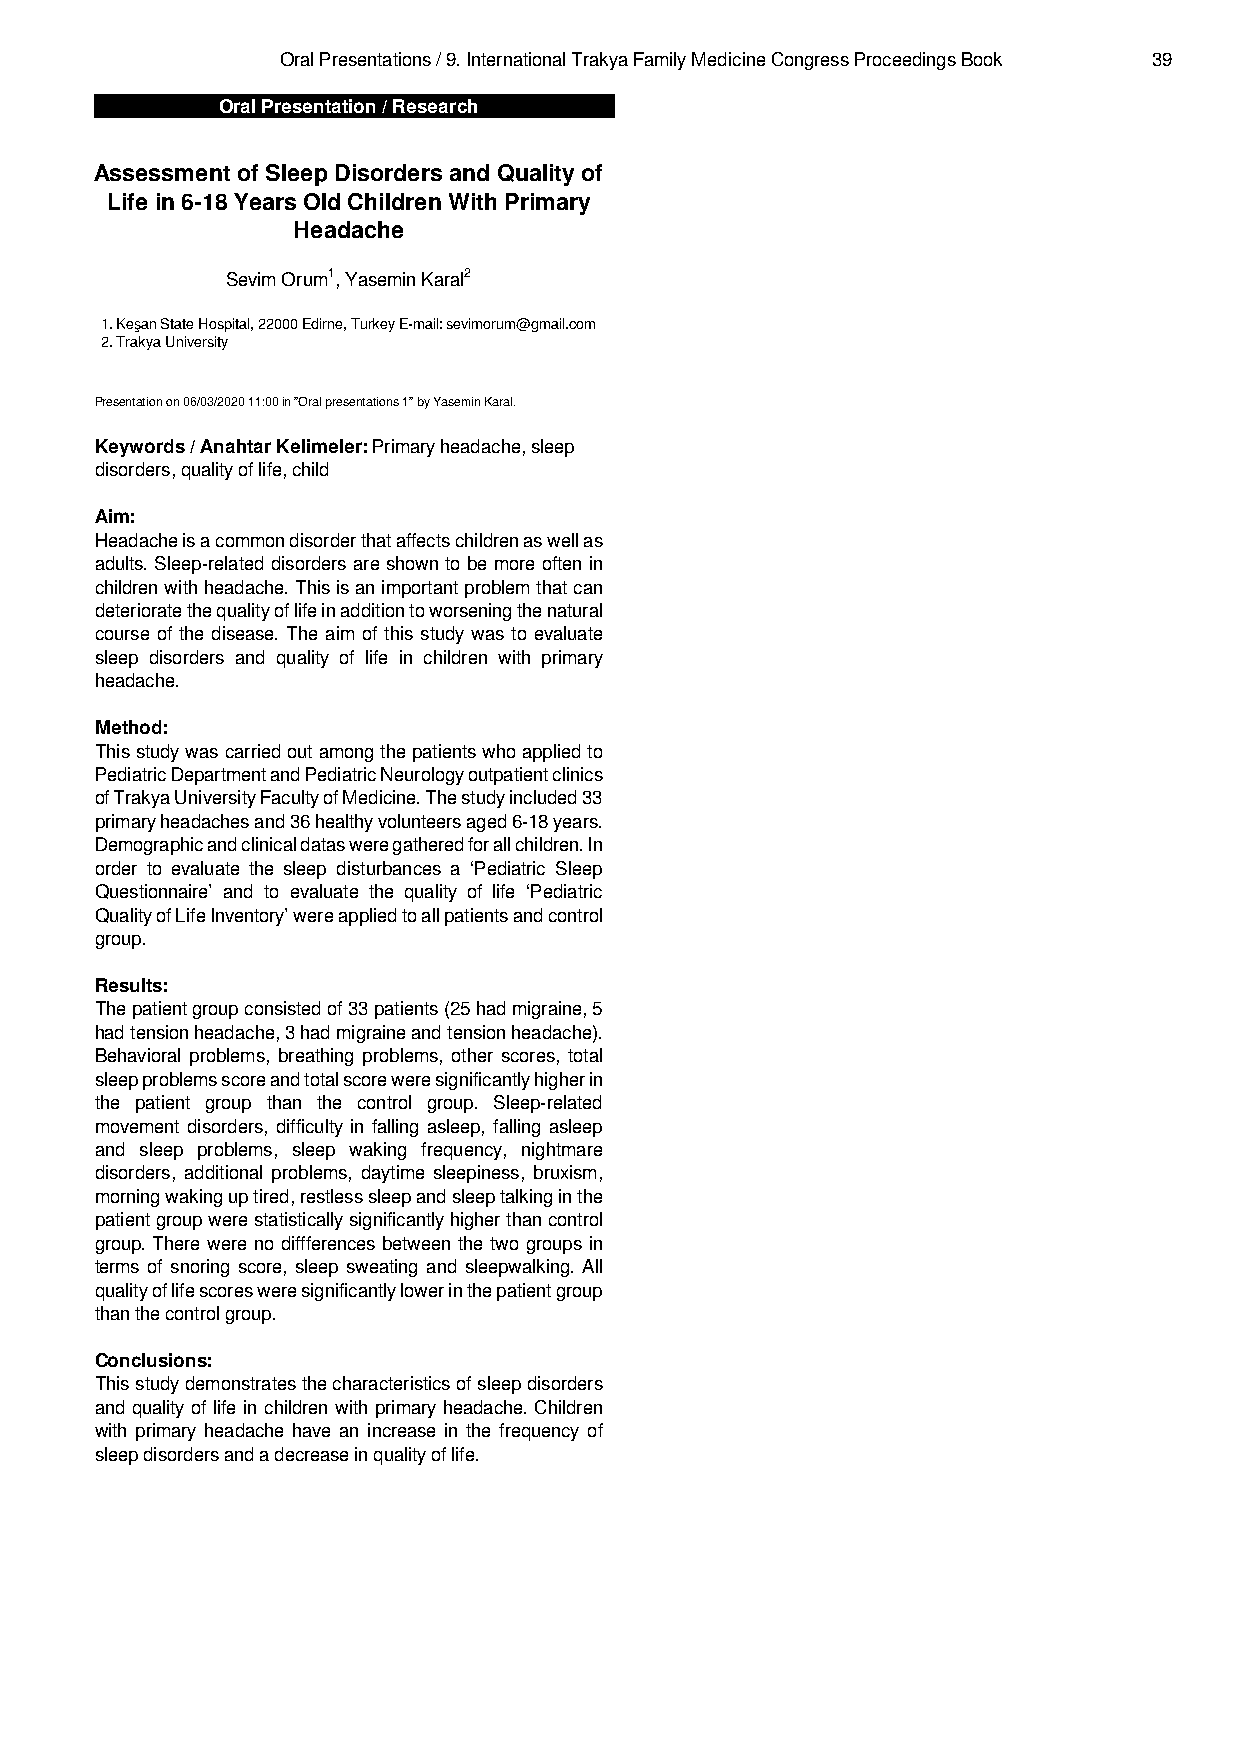
Oral Presentations / 9. International Trakya Family Medicine Congress Proceedings Book 39
 Oral Presentation / Research
 Assessment of Sleep Disorders and Quality of
 Life in 6-18 Years Old Children With Primary
 Headache
 Sevim Orum1, Yasemin Karal2
 1. Keşan State Hospital, 22000 Edirne, Turkey E-mail: sevimorum@gmail.com
 2. Trakya University
 Presentation on 06/03/2020 11:00 in "Oral presentations 1" by Yasemin Karal.
 Keywords / Anahtar Kelimeler: Primary headache, sleep
 disorders, quality of life, child
 Aim:
 Headacheisacommondisorderthataffectschildrenaswellas
 adults. Sleep-related disorders are shown to be more often in
 childrenwithheadache.Thisisanimportantproblemthatcan
 deterioratethequalityoflifeinadditiontoworseningthenatural
 course of the disease. The aim of this study was to evaluate
 sleep disorders and quality of life in children with primary
 headache.
 Method:
 Thisstudywascarriedoutamongthepatientswhoappliedto
 PediatricDepartmentandPediatricNeurologyoutpatientclinics
 ofTrakyaUniversityFacultyofMedicine.Thestudyincluded33
 primaryheadachesand36healthyvolunteersaged6-18years.
 Demographicandclinicaldatasweregatheredforallchildren.In
 order to evaluate the sleep disturbances a ‘Pediatric Sleep
 Questionnaire’ and to evaluate the quality of life ‘Pediatric
 QualityofLifeInventory’wereappliedtoallpatientsandcontrol
 group.
 Results:
 Thepatientgroupconsistedof33patients(25hadmigraine,5
 hadtensionheadache,3hadmigraineandtensionheadache).
 Behavioral problems, breathing problems, other scores, total
 sleepproblemsscoreandtotalscoreweresignificantlyhigherin
 the patient group than the control group. Sleep-related
 movement disorders, difficulty in falling asleep, falling asleep
 and sleep problems, sleep waking frequency, nightmare
 disorders, additional problems, daytime sleepiness, bruxism,
 morningwakinguptired,restlesssleepandsleeptalkinginthe
 patientgroupwerestatisticallysignificantlyhigherthancontrol
 group. There were no diffferences between the two groups in
 terms of snoring score, sleep sweating and sleepwalking. All
 qualityoflifescoresweresignificantlylowerinthepatientgroup
 than the control group.
 Conclusions:
 Thisstudydemonstratesthecharacteristicsofsleepdisorders
 and quality of life in children with primary headache. Children
 with primary headache have an increase in the frequency of
 sleep disorders and a decrease in quality of life.